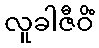
လူခါဇီဝိံ